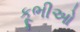
કૂભીઓ